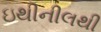
ઇથીનીલથી